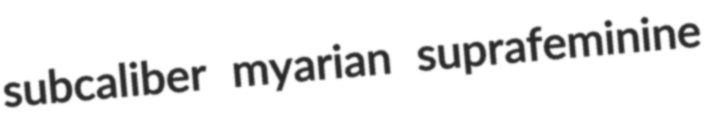
subcaliber myarian suprafeminine